Scientific memoirs by medical officers of the Army of India - Part IV,
Year: 1889
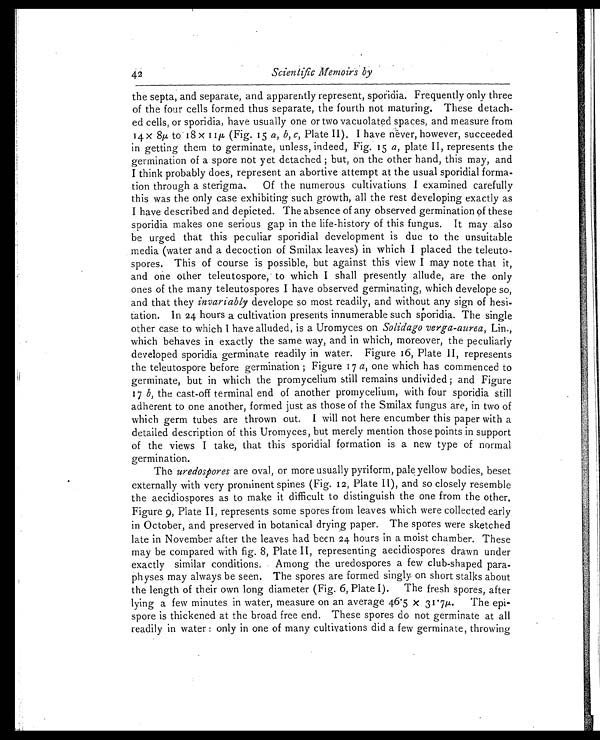
42
Scientific Memoirs by
the septa, and separate, and apparently represent, sporidia. Frequently only three
of the four cells formed thus separate, the fourth not maturing. These detach
-ed cells, or sporidia, have usually one or two vacuolated spaces, and measure from
14 x 8µ t o 18 x 11µ (Fi g. 15a , b , c ,
P l a t e I I ) . I h a v e n e v e r , h o w e v e r , s u c c e e d e d
in getting them to germinate, unless, indeed, Fig. 15 a, plate II, represents the
germination of a spore not yet detached; but, on the other hand, this may, and
I think probably does, represent an abortive attempt at the usual sporidial forma
- t i o n t h r o u g h a s t e r i g m a . O f t h e n u m e r o u s c u l t i v a t i o n s I e x a m i n e d c a r e f u l l y
this was the only case exhibiting such growth, all the rest developing exactly as
I have described and depicted. The absence of any observed germination of these
sporidia makes one serious gap in the life-history of this fungus. It may also
be urged that this peculiar sporidial development is due to the unsuitable
media (water and a decoction of Smilax leaves) in which I placed the teleuto
- s p o r e s . T h i s o f c o u r s e i s p o s s i b l e , b u t a g a i n s t t h i s v i e w I m a y n o t e t h a t i t ,
and one other teleutospore, to which I shall presently allude, are the only
ones of the many teleutospores I have observed germinating, which develope so,
and that they invariably develope so most readily, and without any sign of hesi
- t a t i o n . I n 2 4 h o u r s a c u l t i v a t i o n p r e s e n t s i n n u m e r a b l e s u c h s p o r i d i a . T h e s i n g l e
other case to which I have alluded, is a Uromyces on Solidago verga-aurea, Lin.,
which behaves in exactly the same way, and in which, moreover, the peculiarly
developed sporidia germinate readily in water. Figure 16, Plate II, represents
the teleutospore before germination; Figure 17 a, one which has commenced to
germinate, but in which the promycelium still remains undivided; and Figure
17 b, the cast-off terminal end of another promycelium, with four sporidia still
adherent to one another, formed just as those of the Smilax fungus are, in two of
which germ tubes are thrown out. I will not here encumber this paper with a
detailed description of this Uromyces, but merely mention those points in support
of the views I take, that this sporidial formation is a new type of normal
germination.
The uredospores are oval, or more usually pyriform, pale yellow bodies, beset
externally with very prominent spines (Fig. 12, Plate II), and so closely resemble
the aecidiospores as to make it difficult to distinguish the one from the other.
Figure 9, Plate II, represents some spores from leaves which were collected early
in October, and preserved in botanical drying paper. The spores were sketched
late in November after the leaves had been 24 hours in a moist chamber. These
may be compared with fig. 8, Plate II, representing aecidiospores drawn under
exactly similar conditions. Among the uredospores a few club-shaped para
-physes may always be seen. The spores are formed singly on short stalks about
the length of their own long diameter (Fig. 6, Plate I). The fresh spores, after
lying a few minutes in water, measure on an average 46.5 x 31.7µ. The epi
- s p o r e i s t h i c k e n e d a t t h e b r o a d f r e e e n d . T h e s e s p o r e s d o n o t g e r m i n a t e a t a l l
readily in water: only in one of many cultivations did a few germinate, throwing